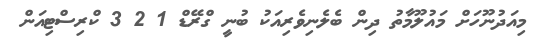
މިއަދުނޫހަށް މައުލޫމާތު ދިން ބެލެނިވެރިއަކު ބުނީ ގްރޭޑް 1 2 3 ކްރިސްޓިއަން